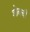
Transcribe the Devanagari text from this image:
शोबची